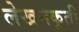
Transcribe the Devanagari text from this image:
लेखनकृती